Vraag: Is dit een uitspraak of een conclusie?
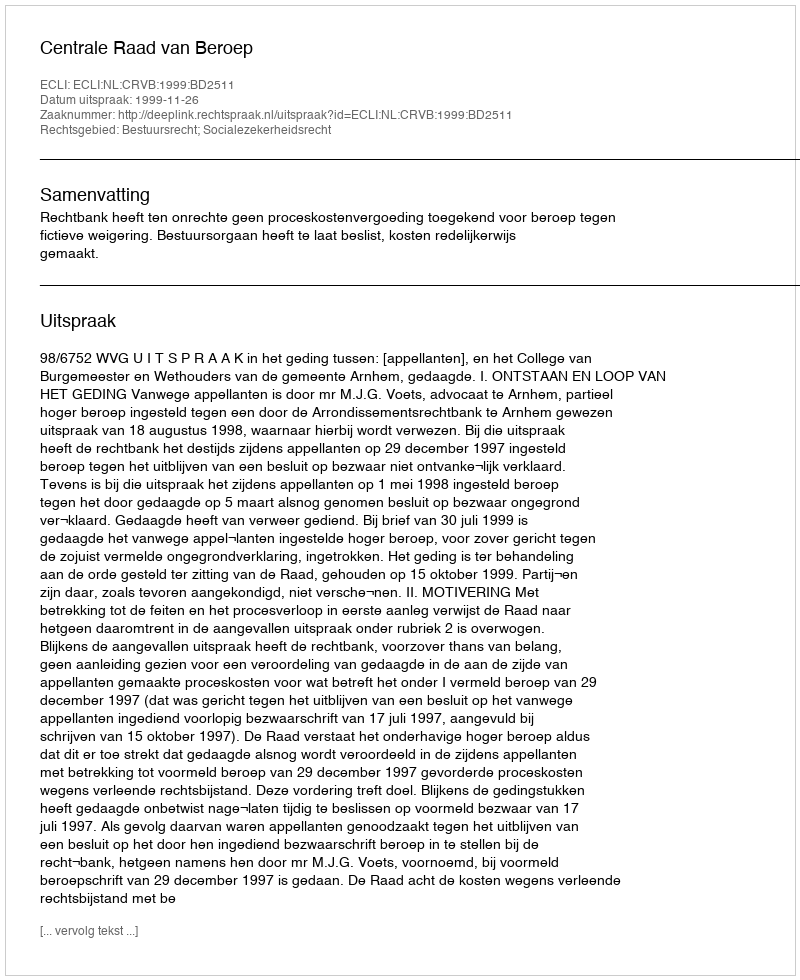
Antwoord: Uitspraak